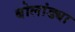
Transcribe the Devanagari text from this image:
बोलांड्या